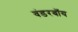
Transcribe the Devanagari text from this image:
वंडरबॉय